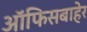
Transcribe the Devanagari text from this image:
ऑफिसबाहेर